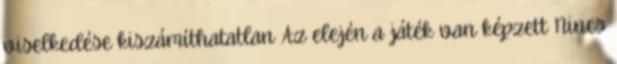
viselkedése kiszámíthatatlan Az elején a játék van képzett Nincs